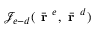
\mathcal { J } _ { e - d } ( \bar { \textbf { r } } ^ { e } , \bar { \textbf { r } } ^ { d } )